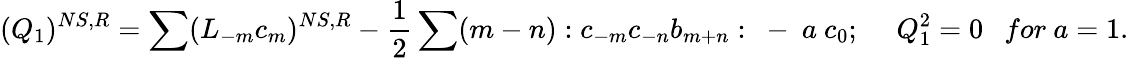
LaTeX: (Q_{1})^{NS,R}=\sum(L_{-m}c_{m})^{NS,R}-\frac{1}{2}\sum(m-n):c_{-m}c_{-n}b_{m+n}:~-~a~c_{0};~~~~~Q_{1}^{2}=0~~~for~a=1.